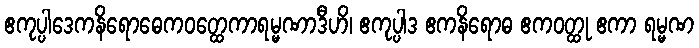
ဧကုပ္ပါဒေကနိရောဓေကဝတ္ထေကာရမ္မဏာဒီဟိ၊ ဧကုပ္ပါဒ ဧကနိရောဓ ဧကဝတ္ထု ဧကာ ရမ္မဏ